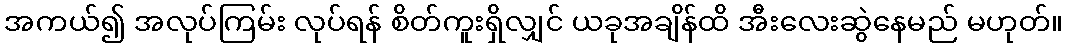
အကယ်၍ အလုပ်ကြမ်း လုပ်ရန် စိတ်ကူးရှိလျှင် ယခုအချိန်ထိ အီးလေးဆွဲနေမည် မဟုတ်။